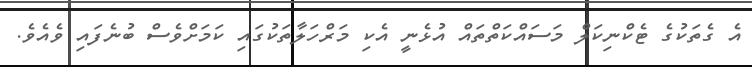
އެ ގެތަކުގެ ޓެކްނިކަލް މަސައްކަތްތައް އުޅެނީ އެކި މަރްހަލާތަކުގައި ކަމަށްވެސް ބުނެފައި ވެއެވެ.